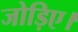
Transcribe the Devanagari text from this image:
जोड़िए।